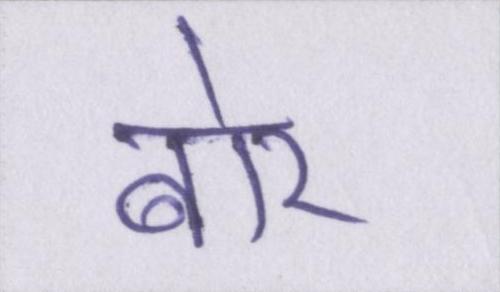
बोर